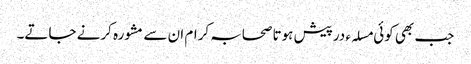
جب بھی کوئی مسلہء درپیش ہوتا صحابہ کرام ان سے مشورہ کرنے جاتے۔